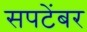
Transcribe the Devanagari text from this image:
सपटेंबर